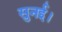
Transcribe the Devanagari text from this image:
सुनई।